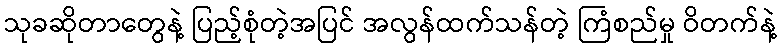
သုခဆိုတာတွေနဲ့ ပြည့်စုံတဲ့အပြင် အလွန်ထက်သန်တဲ့ ကြံစည်မှု ဝိတက်နဲ့